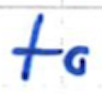
Text: to
Cross-out: clean
Writing tool: ballpoint